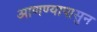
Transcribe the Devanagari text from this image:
आणण्यापासुन